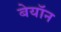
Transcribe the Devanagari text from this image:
बेयॉन